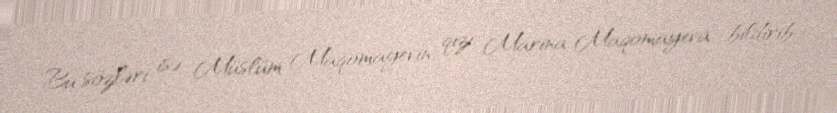
Bu sözləri isə Müslüm Maqomayevin qızı Marina Maqomayeva bildirib.